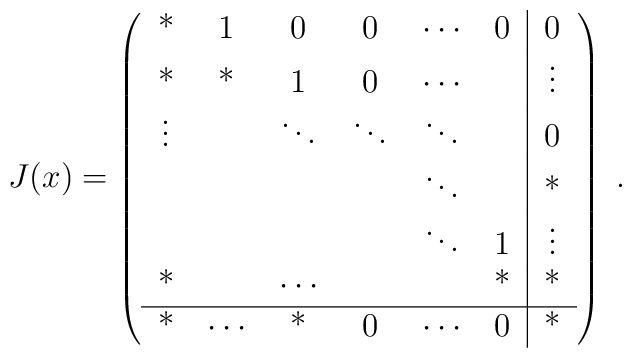
J(x) = \left( \begin{tabular}{cccccc|c}                {*}&1&0&0&$\cdots$&0&0\\                {*}&*&1&0&$\cdots$&&$\vdots$\\                $\vdots$&&$\ddots$&$\ddots$&$\ddots$&&0\\                &&&&$\ddots$&&*\\                &&&&$\ddots$&1&$\vdots$\\                {*}&&$\cdots$&&&*&*\\ \hline                *&$\cdots$&*&0&$\cdots$&0&* \end{tabular} \right)\;.